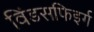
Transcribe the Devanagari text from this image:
विंडसफिइर्ग